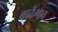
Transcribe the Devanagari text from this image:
वाढेगाव